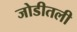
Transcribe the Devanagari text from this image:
जोडीतली